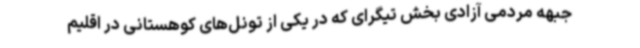
جبهه مردمی آزادی بخش تیگرای که در یکی از تونل‌های کوهستانی در اقلیم